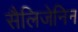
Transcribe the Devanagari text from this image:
सैलिजेनिन